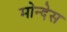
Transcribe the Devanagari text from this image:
मोन्देस